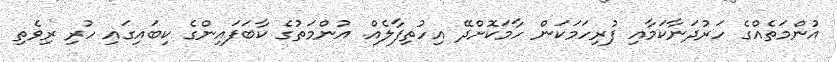
އުންމަތެއްގެ ހަރުދަނާކަމާއި ފުރިހަމަކަން ހާމަކޮށްދޭ އިހުތިފާލެއް. އުންމަތުގެ ކާބަފައިންގެ ކިބައިގައި ހުރި ރިވެތި